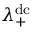
\lambda _ { + } ^ { \mathrm { d c } }